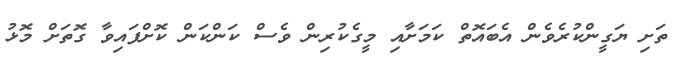
ތަށި ޔަގީންކުރެވެން އެބައޮތް ކަމަށާއި މީގެކުރިން ވެސް ކަންކަން ކޮށްފައިވާ ގޮތަށް މޮޅު